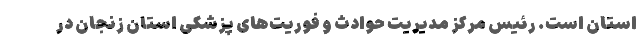
استان است. رئیس مرکز مدیریت حوادث و فوریت‌های پزشکی استان زنجان در